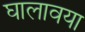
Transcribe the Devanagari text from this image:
घालावया